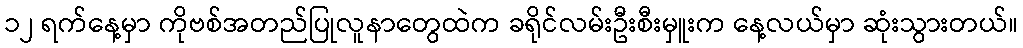
၁၂ ရက်နေ့မှာ ကိုဗစ်အတည်ပြုလူနာတွေထဲက ခရိုင်လမ်းဦးစီးမှူးက နေ့လယ်မှာ ဆုံးသွားတယ်။